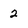
Character: 2